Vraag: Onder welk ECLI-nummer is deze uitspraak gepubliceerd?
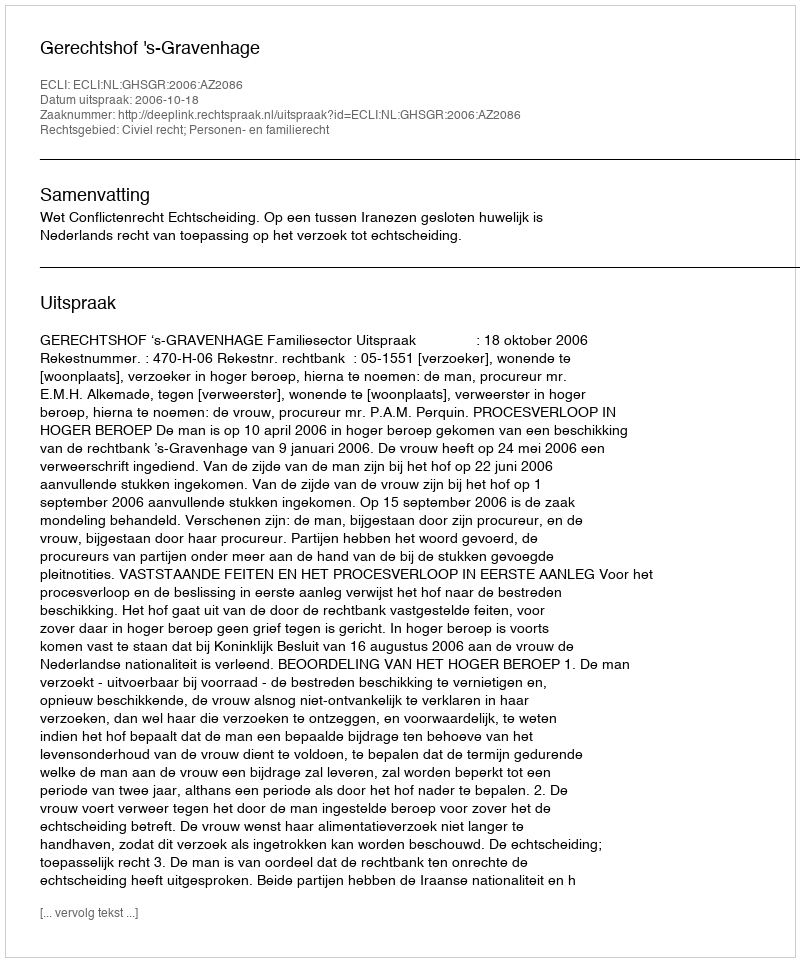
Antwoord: ECLI:NL:GHSGR:2006:AZ2086